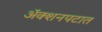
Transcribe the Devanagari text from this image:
अॅक्शनपटात